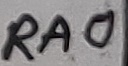
Text: RA0